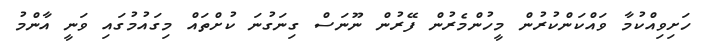
ހަށިވިއްކުމާ ވައްކަންކުރުން މީހުންމެރުން ފޭރުން ނޫނަސް ގިނަގުނަ ކުށްތައް މިގައުމުގައި ވަނީ އާންމު